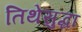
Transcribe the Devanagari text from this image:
तिथेसुद्धा